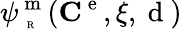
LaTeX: \psi_{\mathrm{~\tiny~R~}}^{\mathrm{~m~}}({\mathbf C}^{\mathrm{~e~}},\xi,\mathrm{~d~})